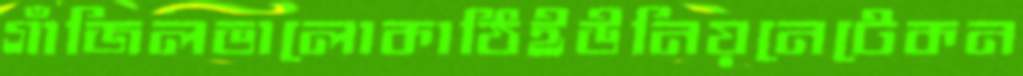
গাঁজিলভালোকাঠিইউনিয়নেটেকন